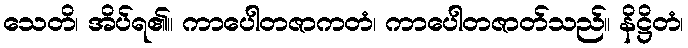
သေတိ၊ အိပ်ရ၏။ ကာပေါတဇာကတံ၊ ကာပေါတဇာတ်သည်။ နိဋ္ဌိတံ၊